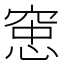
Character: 𫁑